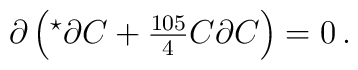
\partial \left({}^{\star}\partial C +{\textstyle\frac{105}{4}}C\partial C\right)=0\, .